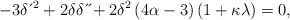
\begin{align*}-3\delta \,\acute{}\,^{2}+2\delta \delta \,\acute{}\,\acute{}+2\delta^{2}\left( 4\alpha-3\right) \left( 1+\kappa \lambda \right) =0,\end{align*}